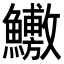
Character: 𬵶